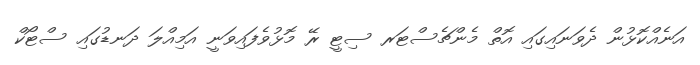
އަނެއްކޮޅުން ދެވަނައިގައި އޮތް މެންޗެސްޓަރ ސިޓީ ރޭ މޮޅުވެފައިވަނީ އަމިއްލަ ދަނޑުގައި ސްޓޯކް